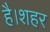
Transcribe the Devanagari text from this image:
है।शहर